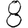
Digit: 8